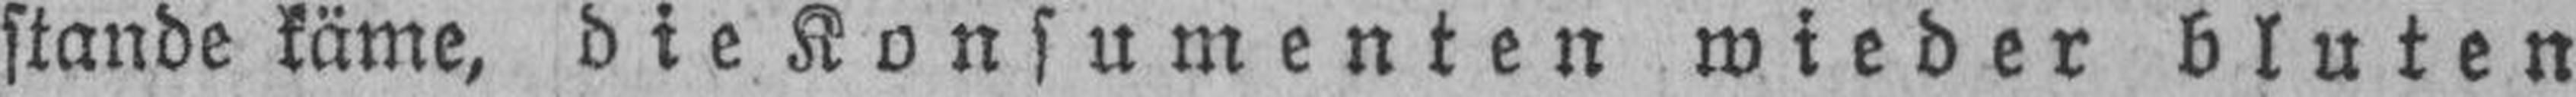
stande käme, die Konsumenten wieder bluten